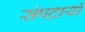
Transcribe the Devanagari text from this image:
संपद्रायों